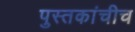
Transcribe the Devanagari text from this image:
पुस्तकांचीच